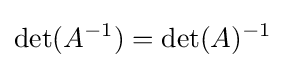
\det(A^{-1})=\det(A)^{-1}